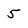
Character: 5